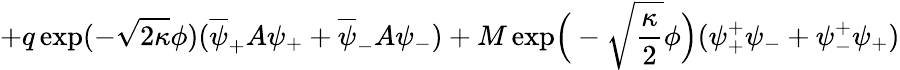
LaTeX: +q\exp(-\sqrt{2\kappa}\phi)(\overline{{{\psi}}}_{+}A\psi_{+}+\overline{{{\psi}}}_{-}A\psi_{-})+M\exp\! \Big(-\sqrt{\frac{\kappa}{2}}\phi\Big)(\psi_{+}^{+}\psi_{-}+\psi_{-}^{+}\psi_{+})